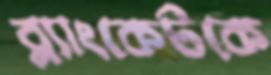
ব্ল্যাংকেটকে